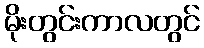
မိုးတွင်းကာလတွင်